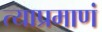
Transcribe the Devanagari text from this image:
त्याप्रमाणं